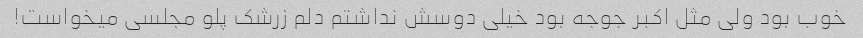
خوب بود ولی مثل اکبر جوجه بود خیلی دوسش نداشتم دلم زرشک پلو مجلسی میخواست!